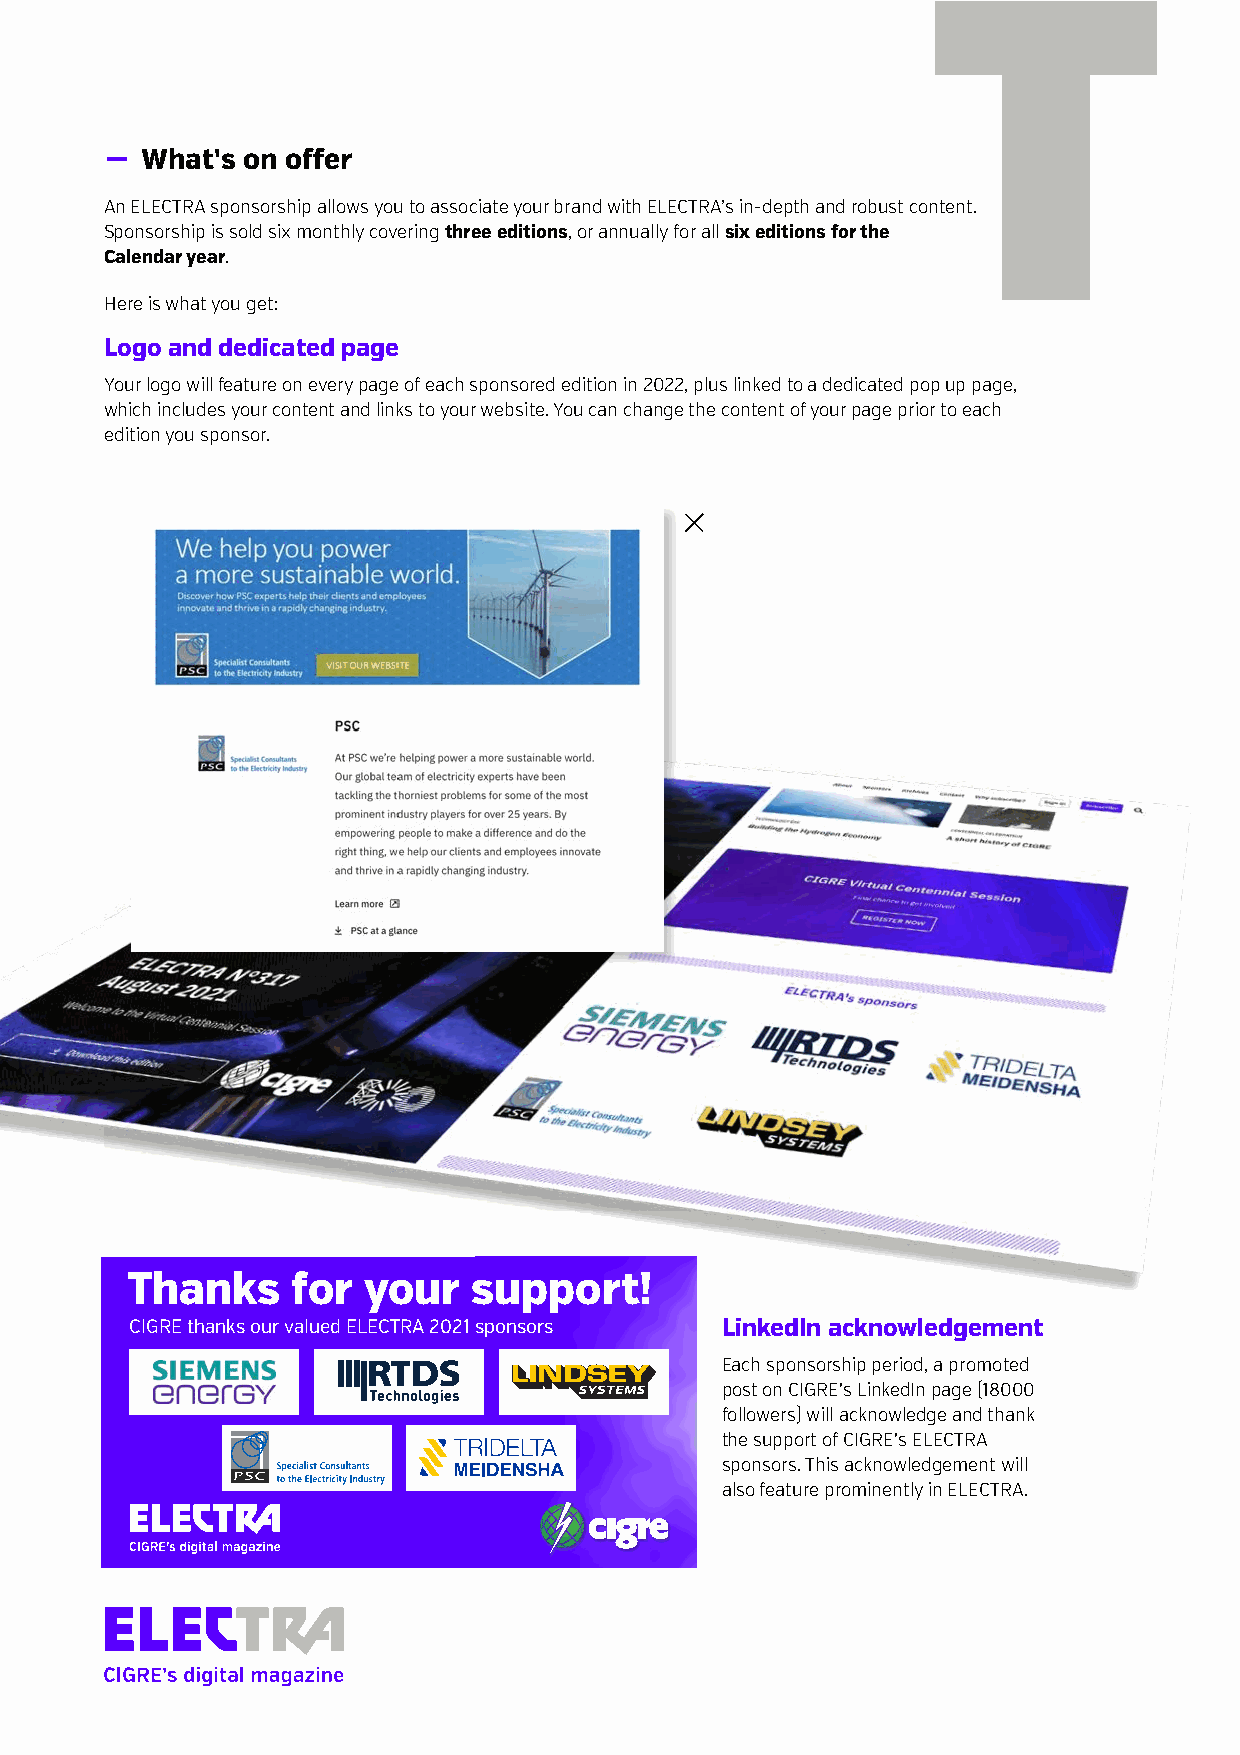
− What's on offer
 An ELECTRA sponsorship allows you to associate your brand with ELECTRA’s in-depth and robust content.
 Sponsorship is sold six monthly covering three editions, or annually for all six editions for the
 Calendar year.
 Here is what you get:
 Logo and dedicated page
 Your logo will feature on every page of each sponsored edition in 2022, plus linked to a dedicated pop up page,
 which includes your content and links to your website. You can change the content of your page prior to each
 edition you sponsor.
 Thanks     for  your   support!
 CIGRE thanks our valued ELECTRA 2021 sponsors LinkedIn acknowledgement
 Each sponsorship period, a promoted
 post on CIGRE's LinkedIn page (18000
 followers) will acknowledge and thank
 the support of CIGRE's ELECTRA
 sponsors. This acknowledgement will
 also feature prominently in ELECTRA.